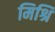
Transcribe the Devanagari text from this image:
मिश्रि